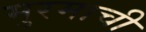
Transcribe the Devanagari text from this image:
मुरमाची